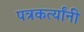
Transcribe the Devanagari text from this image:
पत्रकर्त्यांनी